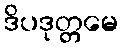
ဒိပဒုတ္တမေ